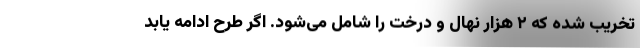
تخریب شده که ۲ هزار نهال و درخت را شامل می‌شود. اگر طرح ادامه یابد